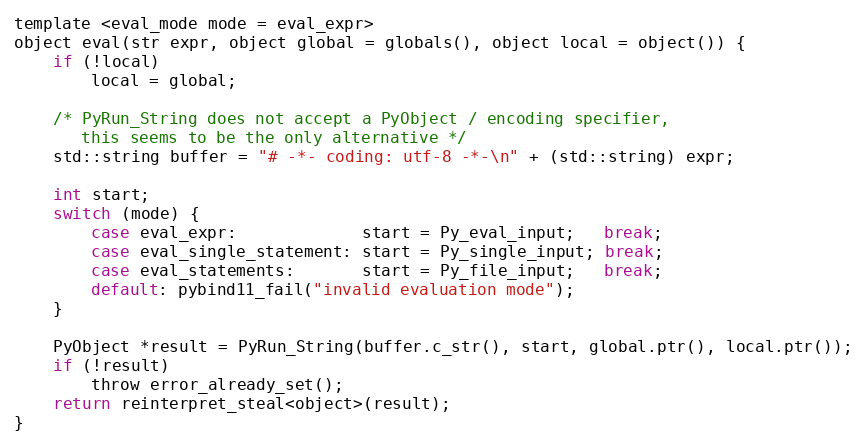
Language: C
template <eval_mode mode = eval_expr>
object eval(str expr, object global = globals(), object local = object()) {
    if (!local)
        local = global;

    /* PyRun_String does not accept a PyObject / encoding specifier,
       this seems to be the only alternative */
    std::string buffer = "# -*- coding: utf-8 -*-\n" + (std::string) expr;

    int start;
    switch (mode) {
        case eval_expr:             start = Py_eval_input;   break;
        case eval_single_statement: start = Py_single_input; break;
        case eval_statements:       start = Py_file_input;   break;
        default: pybind11_fail("invalid evaluation mode");
    }

    PyObject *result = PyRun_String(buffer.c_str(), start, global.ptr(), local.ptr());
    if (!result)
        throw error_already_set();
    return reinterpret_steal<object>(result);
}